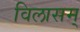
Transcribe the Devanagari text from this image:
विलासम्